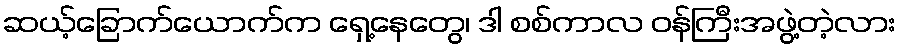
ဆယ့်ခြောက်ယောက်က ရှေ့နေတွေ၊ ဒါ စစ်ကာလ ဝန်ကြီးအဖွဲ့တဲ့လား